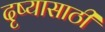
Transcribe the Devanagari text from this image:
दृष्यासाठी